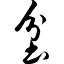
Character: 坌